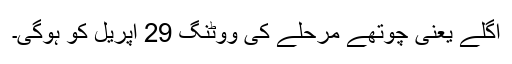
اگلے یعنی چوتھے مرحلے کی ووٹنگ 29 اپریل کو ہوگی۔